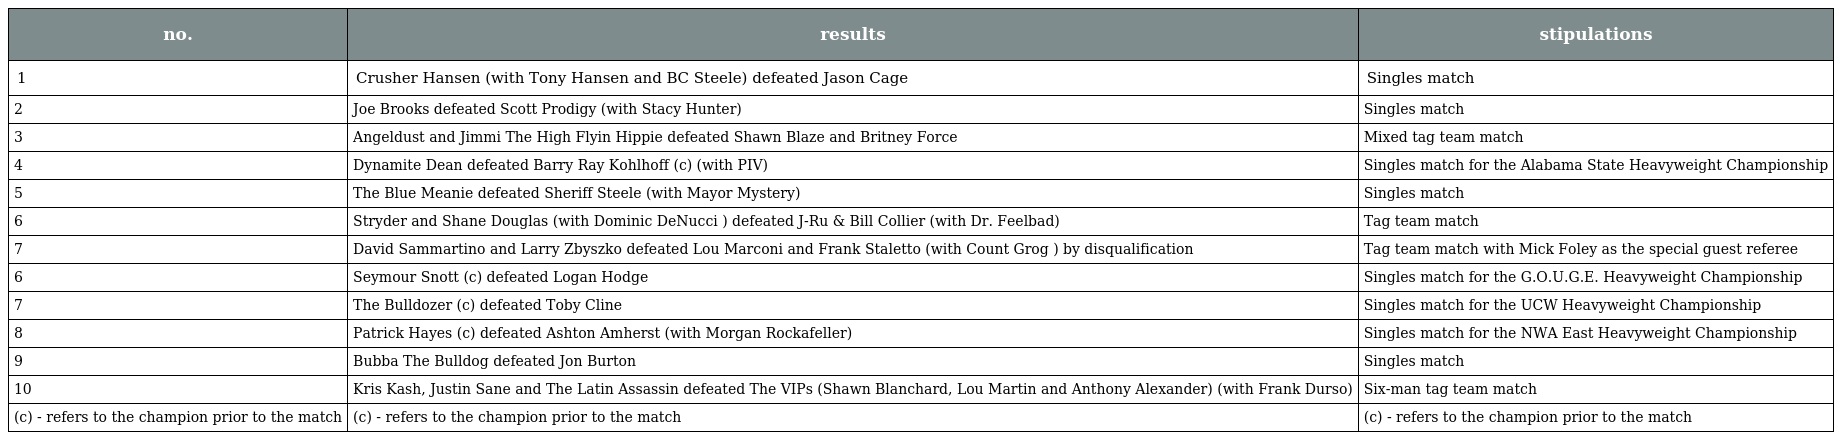
| no. | results | stipulations |
 | --- | --- | --- |
 | 1 | Crusher Hansen (with Tony Hansen and BC Steele) defeated Jason Cage | Singles match |
 | 2 | Joe Brooks defeated Scott Prodigy (with Stacy Hunter) | Singles match |
 | 3 | Angeldust and Jimmi The High Flyin Hippie defeated Shawn Blaze and Britney Force | Mixed tag team match |
 | 4 | Dynamite Dean defeated Barry Ray Kohlhoff (c) (with PIV) | Singles match for the Alabama State Heavyweight Championship |
 | 5 | The Blue Meanie defeated Sheriff Steele (with Mayor Mystery) | Singles match |
 | 6 | Stryder and Shane Douglas (with Dominic DeNucci ) defeated J-Ru & Bill Collier (with Dr. Feelbad) | Tag team match |
 | 7 | David Sammartino and Larry Zbyszko defeated Lou Marconi and Frank Staletto (with Count Grog ) by disqualification | Tag team match with Mick Foley as the special guest referee |
 | 6 | Seymour Snott (c) defeated Logan Hodge | Singles match for the G.O.U.G.E. Heavyweight Championship |
 | 7 | The Bulldozer (c) defeated Toby Cline | Singles match for the UCW Heavyweight Championship |
 | 8 | Patrick Hayes (c) defeated Ashton Amherst (with Morgan Rockafeller) | Singles match for the NWA East Heavyweight Championship |
 | 9 | Bubba The Bulldog defeated Jon Burton | Singles match |
 | 10 | Kris Kash, Justin Sane and The Latin Assassin defeated The VIPs (Shawn Blanchard, Lou Martin and Anthony Alexander) (with Frank Durso) | Six-man tag team match |
 | (c) - refers to the champion prior to the match | (c) - refers to the champion prior to the match | (c) - refers to the champion prior to the match |